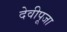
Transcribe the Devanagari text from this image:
देवीपूजा